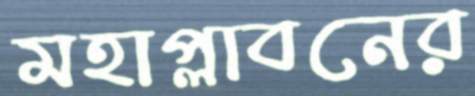
মহাপ্লাবনের